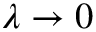
\lambda \to 0